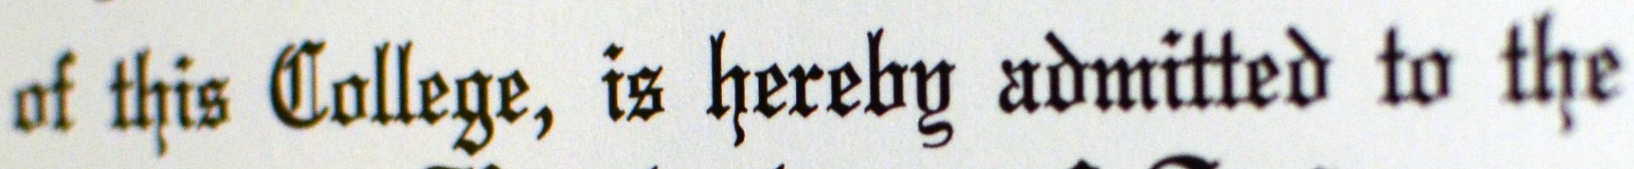
of this college, is hereby admitted to the